Investigations into the jail dietaries of the United Provinces with some observations on the influence of dietary on the physical development and well-being of the people of the United Provinces - Number 48
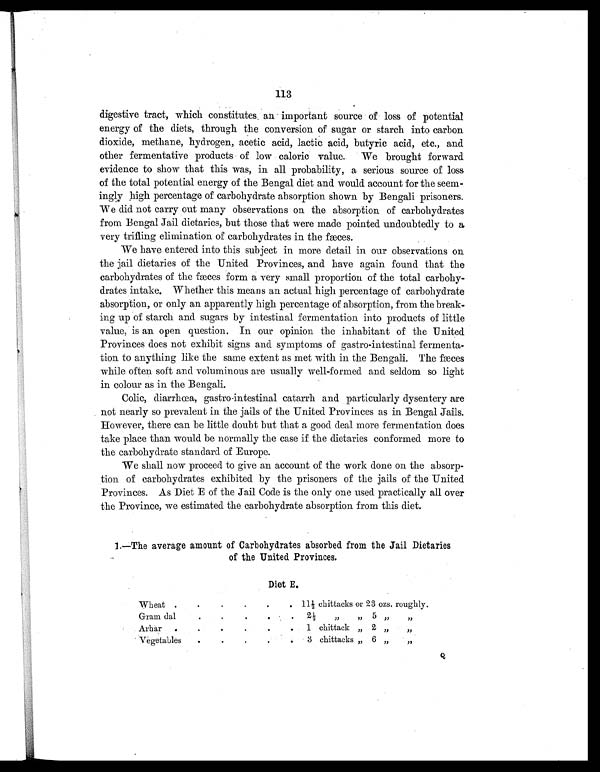
113
digestive tract, which constitutes an important source of loss of potential
energy of the diets, through the conversion of sugar or starch into carbon
dioxide, methane, hydrogen, acetic acid, lactic acid, butyric acid, etc., and
other fermentative products of low caloric value. We brought forward
evidence to show that this was, in all probability, a serious source of loss
of the total potential energy of the Bengal diet and would account for the seem-
ingly high percentage of carbohydrate absorption shown by Bengali prisoners.
We did not carry out many observations on the absorption of carbohydrates
from Bengal Jail dietaries, but those that were made pointed undoubtedly to a
very trifling elimination of carbohydrates in the fæces.
We have entered into this subject in more detail in our observations on
the jail dietaries of the United Provinces, and have again found that the
carbohydrates of the fæces form a very small proportion of the total carbohy-
drates intake. Whether this means an actual high percentage of carbohydrate
absorption, or only an apparently high percentage of absorption, from the break-
ing up of starch and sugars by intestinal fermentation into products of little
value, is an open question. In our opinion the inhabitant of the United
Provinces does not exhibit signs and symptoms of gastro-intestinal fermenta-
tion to anything like the same extent as met with in the Bengali. The fæces
while often soft and voluminous are usually well-formed and seldom so light
in colour as in the Bengali.
Colic, diarrhœa, gastro-intestinal catarrh and particularly dysentery are
not nearly so prevalent in the jails of the United Provinces as in Bengal Jails.
However, there can be little doubt but that a good deal more fermentation does
take place than would be normally the case if the dietaries conformed more to
the carbohydrate standard of Europe.
We shall now proceed to give an account of the work done on the absorp-
tion of carbohydrates exhibited by the prisoners of the jails of the United
Provinces. As Diet E of the Jail Code is the only one used practically all over
the Province, we estimated the carbohydrate absorption from this diet.
1.—The average amount of Carbohydrates absorbed from the Jail Dietaries
of the United Provinces.
Diet E.
Wheat .
.
.
.
.
.
1 1 ½ chittacks or 23 ozs. roughly.
Gram dal
.
.
.
. .
2½
,,
„ 5 „
,,
Arhar .
.
.
. .
. 1 chittack „ 2 „
„
Vegetables
.
.
. .
. 3 chittacks „ 6 „
„